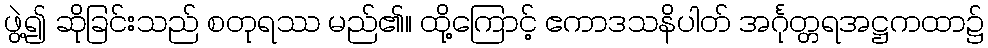
ဖွဲ့၍ ဆိုခြင်းသည် စတုရဿ မည်၏။ ထို့ကြောင့် ဧကာဒသနိပါတ် အင်္ဂုတ္တရအဋ္ဌကထာ၌